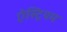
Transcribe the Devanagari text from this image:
ऐस्ट्रियम